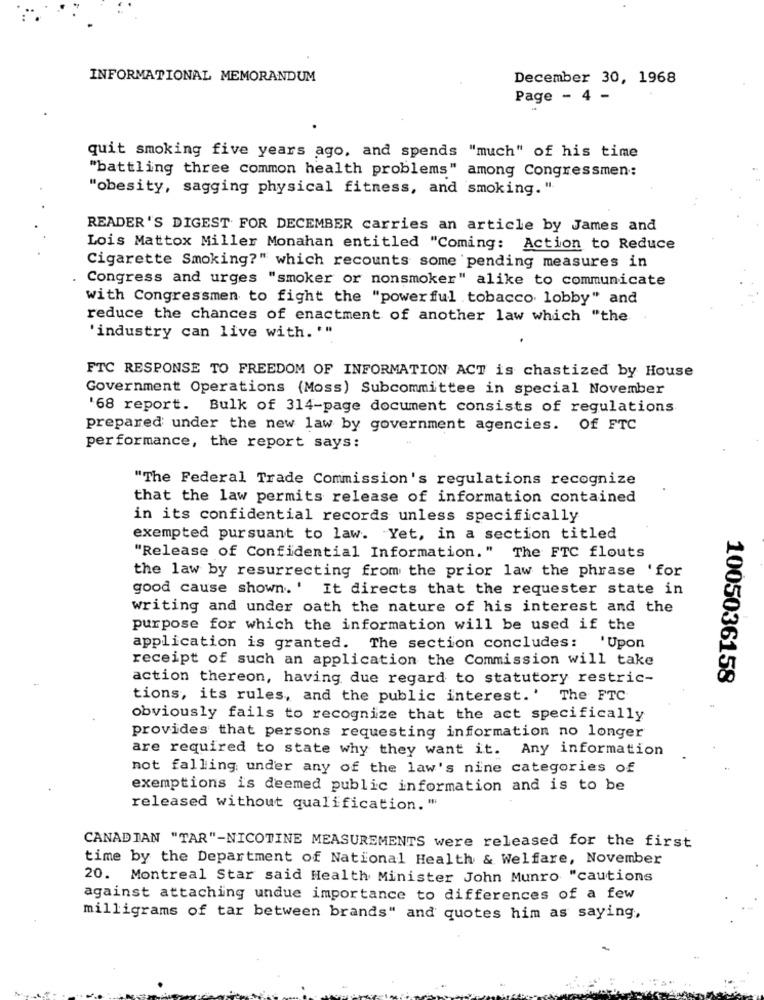
INFORMATIONAL MEMORANDUM
December 30, 1968
Page - 4 -
quit smoking five years ago, and spends "much" of his time
"battling three common health problems" among Congressmen:
"obesity, sagging physical fitness, and smoking. ".
READER'S DIGEST FOR DECEMBER carries an article by James and
Lois Mattox Miller Monahan entitled "Coming: Action to Reduce
Cigarette Smoking?" which recounts some pending measures in
Congress and urges "smoker or nonsmoker" alike to communicate
with Congressmen to fight the "powerful tobacco lobby" and
reduce the chances of enactment of another law which "the
'industry can live with. ""
FTC RESPONSE TO FREEDOM OF INFORMATION ACT is chastized by House
Government Operations (Moss) Subcommittee in special November
'68 report. Bulk of 314-page document consists of regulations
prepared under the new law by government agencies. Of FTC
performance, the report says:
"The Federal Trade Commission's regulations recognize
that the law permits release of information contained
in its confidential records unless specifically
exempted pursuant to law. Yet, in a section titled
"Release of Confidential Information." The FTC flouts
the law by resurrecting from the prior law the phrase 'for
good cause shown. ' It directs that the requester state in
writing and under oath the nature of his interest and the
purpose for which the information will be used if the
application is granted. The section concludes: 'Upon
receipt of such an application the Commission will take
action thereon, having due regard to statutory restric-
1005036158
tions, its rules, and the public interest.' The FTC
obviously fails to recognize that the act specifically
provides that persons requesting information no longer
are required to state why they want it. Any information
not falling under any of the law's nine categories of
exemptions is deemed public information and is to be
released without qualification. "
CANADIAN "TAR"-NICOTINE MEASUREMENTS were released for the first
time by the Department of National Health & Welfare, November
20. Montreal Star said Health Minister John Munro "cautions
against attaching undue importance to differences of a few
milligrams of tar between brands" and quotes him as saying,